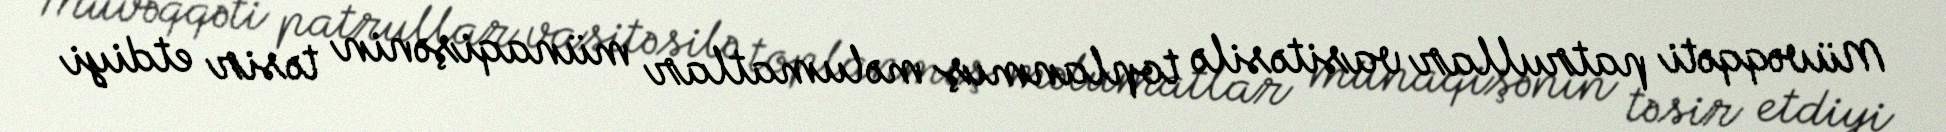
Müvəqqəti patrullar vasitəsilə toplanmış məlumatlar münaqişənin təsir etdiyi